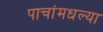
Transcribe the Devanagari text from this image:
पाचांमधल्या